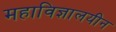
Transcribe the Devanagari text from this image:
महाविज्ञालयीन